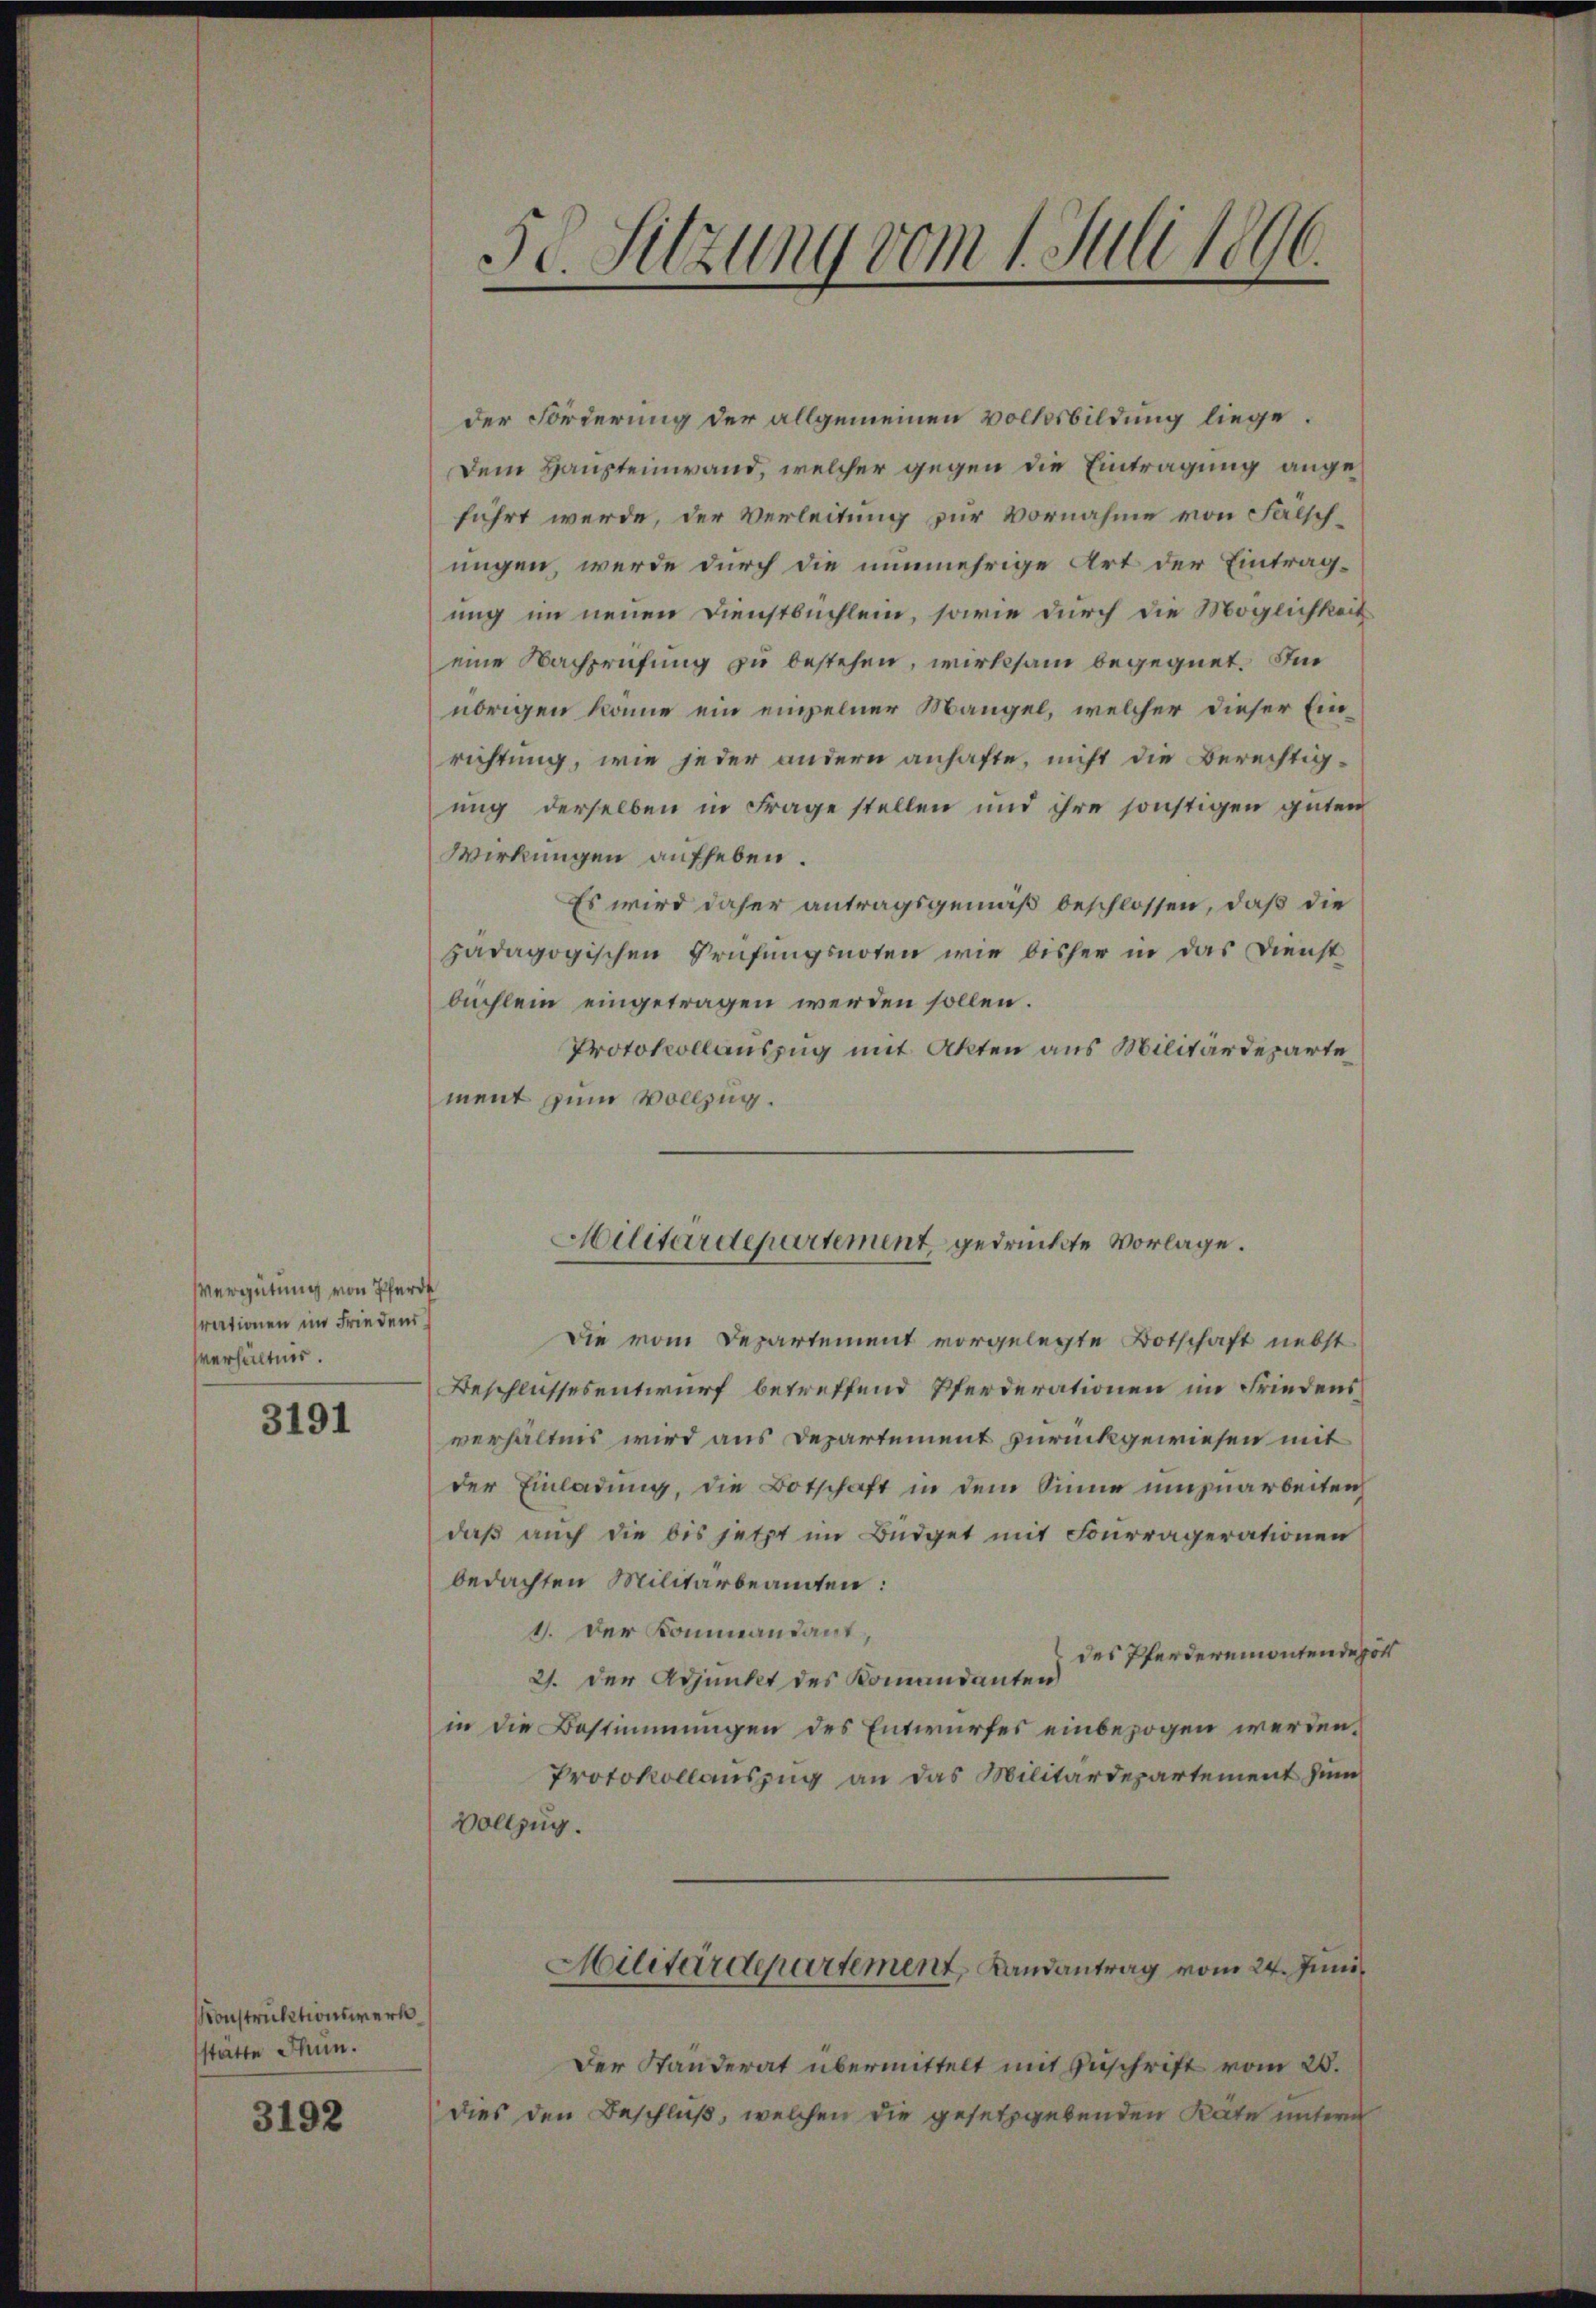
Vergütung von Pferde
rationen im Friedens
sverhältnis.

3191

KKonstruktionswerk
sstatte Thun.

3192

5c Sitzung vom 1. Juli 1890

der Forderung der allgemeinen Volksbildung liege.
Dem Haupteinwand, welcher gegen die Eintragung angeführt werde, der Verleitung zur Vornahme von Falschungen, werde durch die nunmehrige Art der Eintrag-
ung im neuen Dienstbuchlein, sowie durch die Möglichkeit
eine Nachprüfung zu bestehen, wirksam begegnet. Im
übrigen könne ein einzelner Mangel, welcher dieser Einrichtung, wie jeder andern anhafte, nicht die Berechtig-
ung derselben in Frage stellen und ihre sonstigen guten
Wirkungen aufheben.
Es wird daher antragsgemäß beschlossen, daß die
pädagogischen Prüfungsnoten wie bisher in das Dienstbuchlein eingetragen werden sollen.
Protokollauszug mit Akten aus Militärdeparte
ment zum Vollzug.
Die vom Departement vorgelegte Botschaft nebst
Beschlussesentwurf betreffend Pferderationen im Friedensverhältnis wird aus Departement zurückgewiesen mit
der Einladung, die Botschaft in dem Sinne umzuarbeiten
daβ aŭch die bis jetzt im Büdget mit Fourragerationen
bedachten Militärbeamten:
1. Der Kommandant,
des Pferderemontendepo
21. der Adjunkt des Kommandanten
in die Bestimmungen des Entwurfes einbezogen werden.
Protokollauszug an das Militärdepartement zum
Vollzug.
Militärdepartement, Landantrag vom 24. Juni
Der Standerat übermittelt mit Zuschrift vom 28.
dies den Beschluß, welchen die gesetzgebenden Rate unterm

Militärdepartement, gedrückte Vorlage.